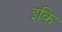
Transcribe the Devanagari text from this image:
इकि